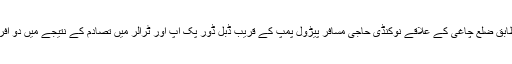
تفصیلات کے مطابق ضلع چاغی کے علاقے نوکنڈی حاجی مسافر پیڑول پمپ کے قریب ڈبل ڈور پک اپ اور ٹرالر میں تصادم کے نتیجے میں دو افراد زخمی ہوگئے۔